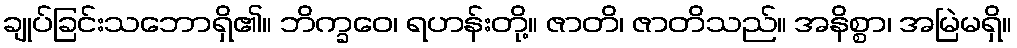
ချုပ်ခြင်းသဘောရှိ၏။ ဘိက္ခဝေ၊ ရဟန်းတို့။ ဇာတိ၊ ဇာတိသည်။ အနိစ္စာ၊ အမြဲမရှိ။